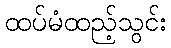
ထပ်မံထည့်သွင်း